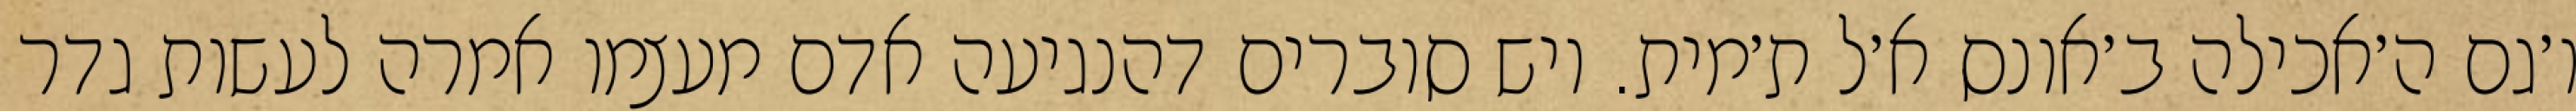
ו׳גם ה׳אכילה ב׳אונס א׳ל ת׳מית. ויש סוברים דהנגיעה אדם מעצמו אמרה לעשות גדר